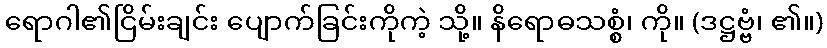
ရောဂါ၏ငြိမ်းချင်း ပျောက်ခြင်းကိုကဲ့ သို့။ နိရောဓသစ္စံ၊ ကို။ (ဒဋ္ဌဗ္ဗံ၊ ၏။)